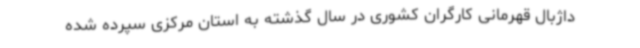
داژبال قهرمانی کارگران کشوری در سال گذشته به استان مرکزی سپرده شده